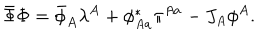
\bar { \Phi } \Phi = \bar { \phi } _ { A } \lambda ^ { A } + \phi _ { A a } ^ { * } \pi ^ { A a } - J _ { A } \phi ^ { A } .